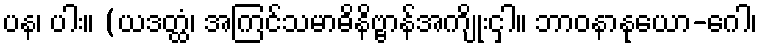
ပန၊ ပါး။ (ယဒတ္ထံ၊ အကြင်သမာဓိနိဗ္ဗာန်အကျိုးငှါ။ ဘာဝနာနုယော-ဂေါ၊